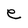
Character: e